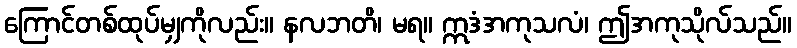
ကြောင်တစ်ထုပ်မျှကိုလည်း။ နလဘတိ၊ မရ။ ဣဒံအကုသလံ၊ ဤအကုသိုလ်သည်။